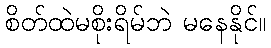
စိတ်ထဲမစိုးရိမ်ဘဲ မနေနိုင်။